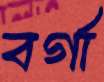
বর্গা